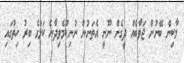
މާކިން ބޭނުން ޖަވާބެއް ދީގެން ނޫނީ އެތަނުން ނުނިކުމެވިދާނެ ކަމުގެ ބިރު ހިތުގައި